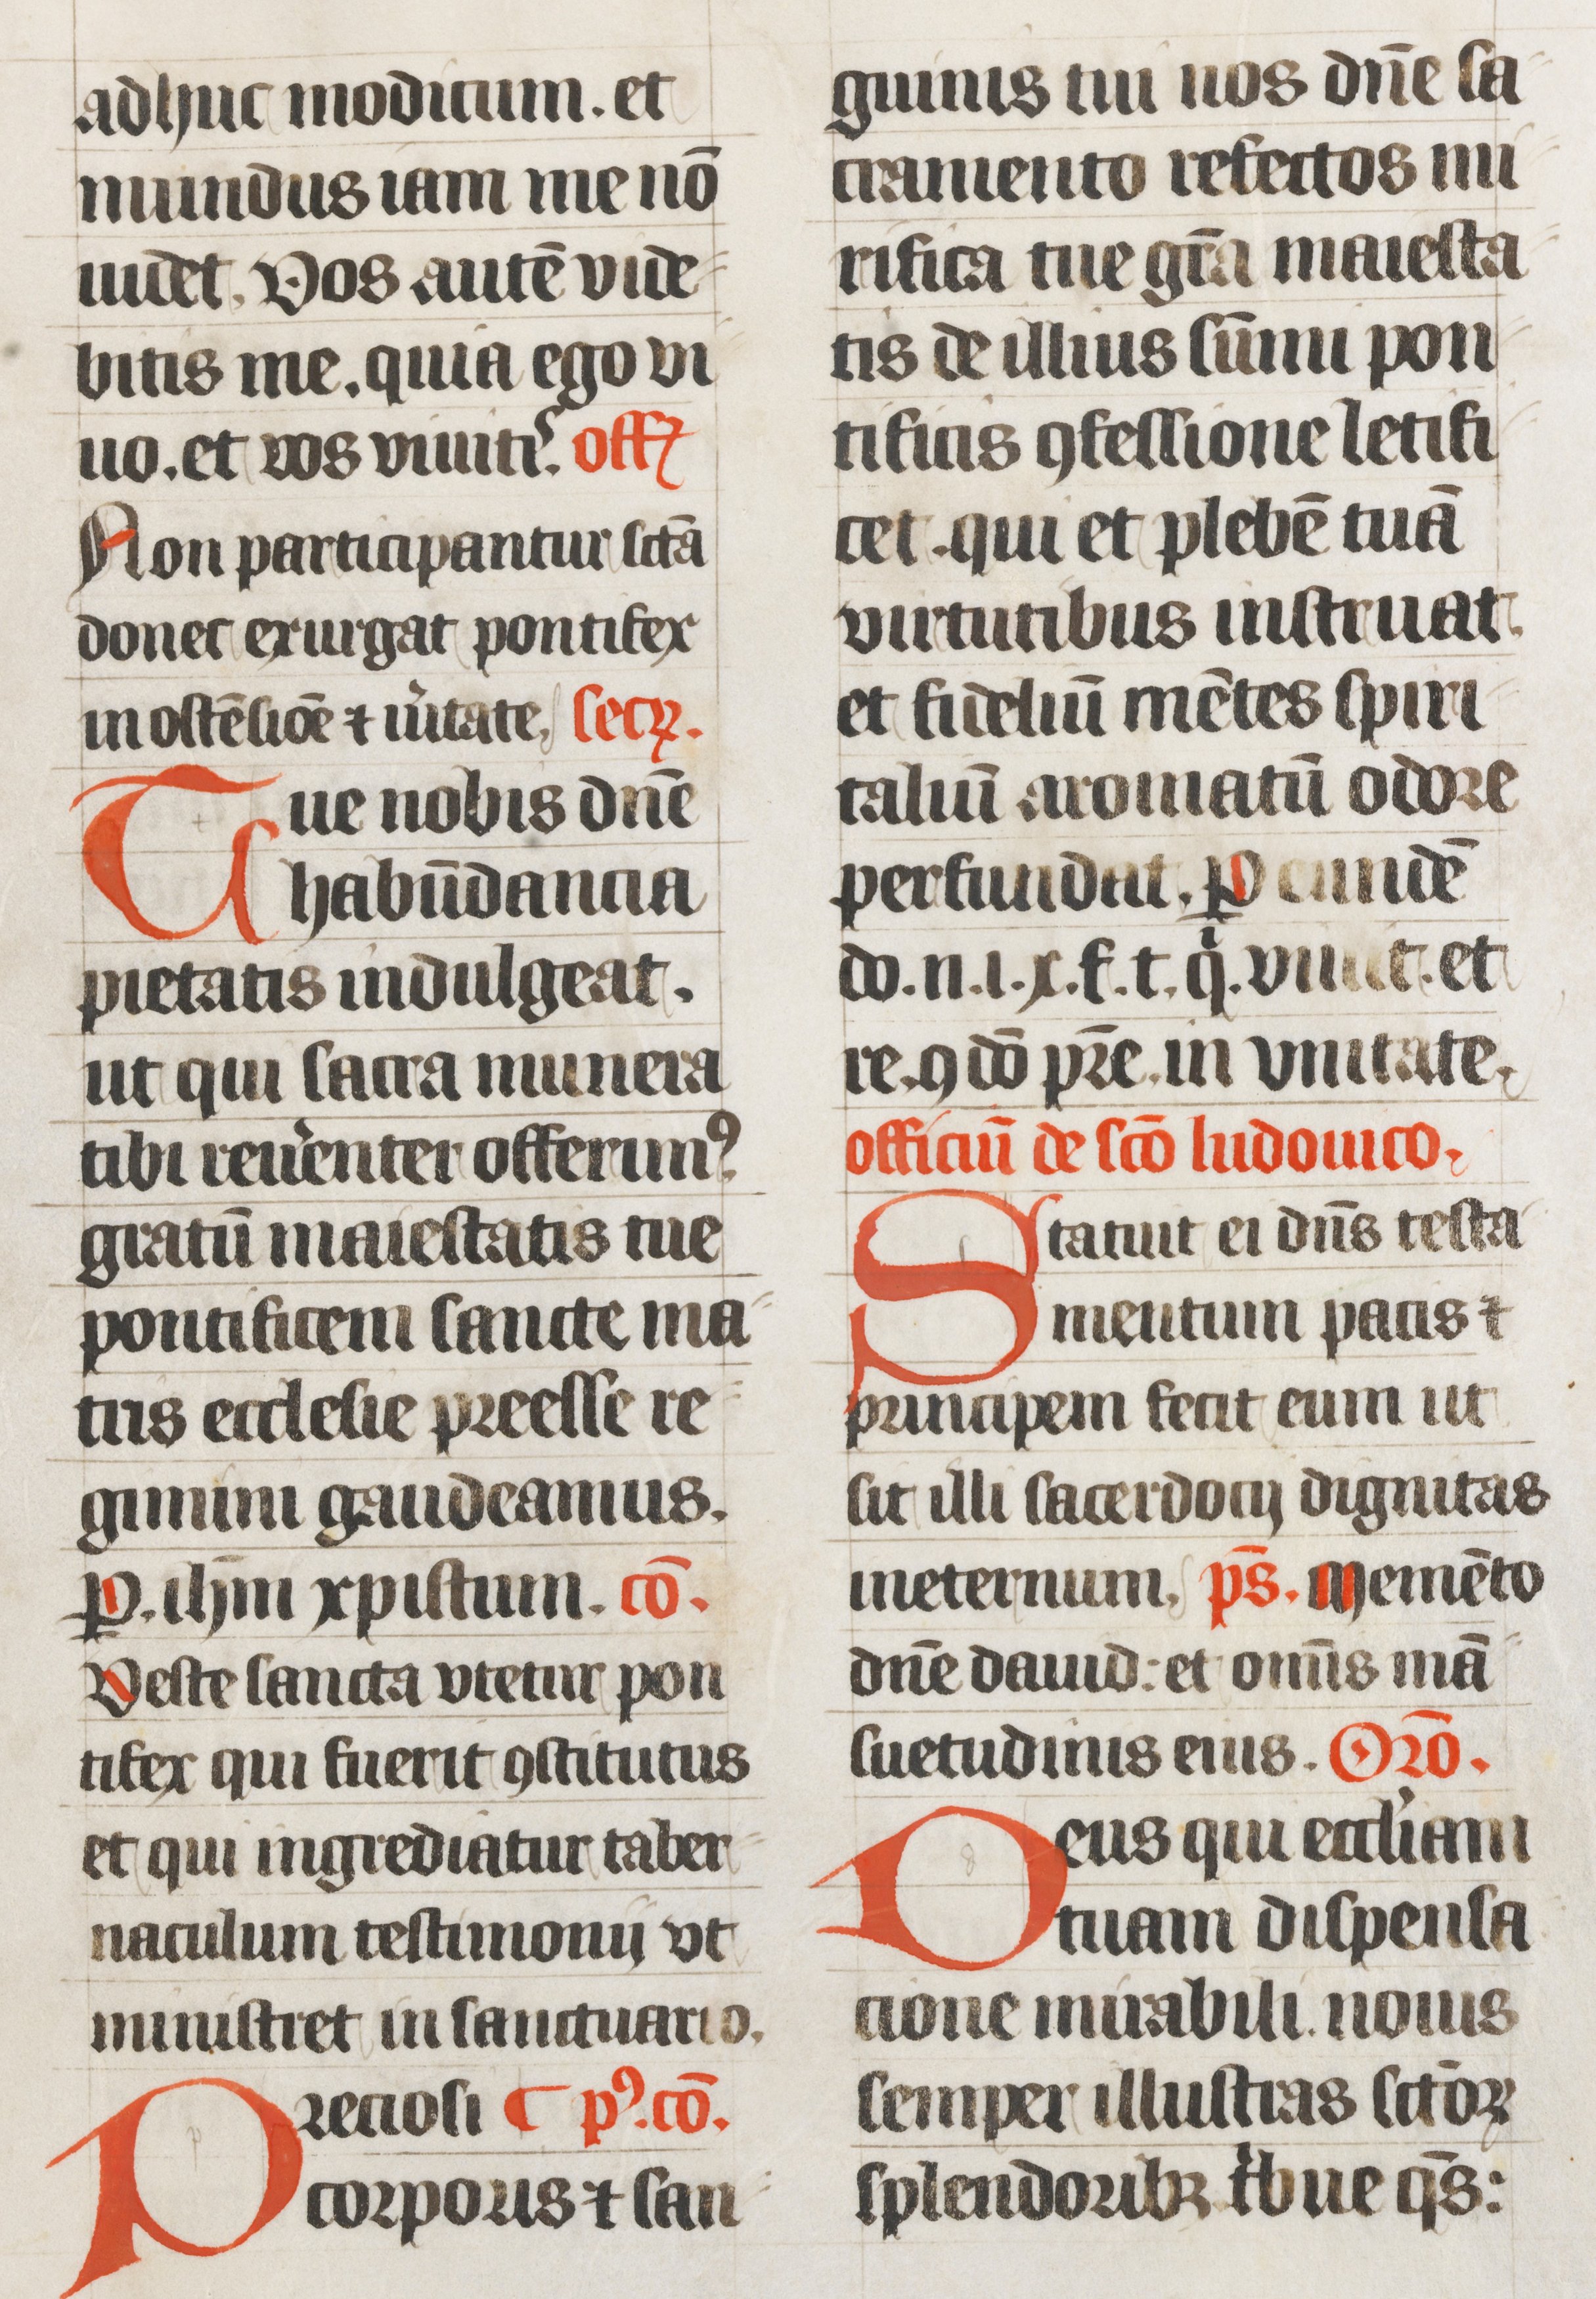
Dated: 1439–1439